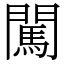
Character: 闖